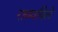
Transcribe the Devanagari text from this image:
राबवविले